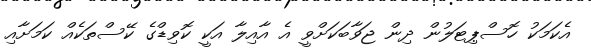
އެކަމަކު ހޮސްޕިޓަލުން ދިން ޖަވާބަކަށްވީ އެ އާއިލާ އަކީ ކޮވިޑްގެ ކޭސްތަކެއް ކަމަށާއި